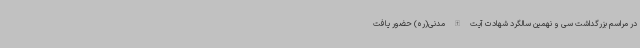
در مراسم بزرگداشت سی و نهمین سالگرد شهادت آیت الله مدنی(ره) حضور یافت